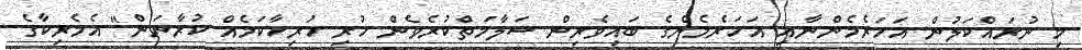
މި ނުރައްކަލުން އަހަރެމެންނާއި އަހަރެމެންގެ ބައިވެރިން ސަލާމަތްކުރެވެން ހުރި ހުރިހާކަމެއް ކުރާނަން" އެމެރިކާގެ